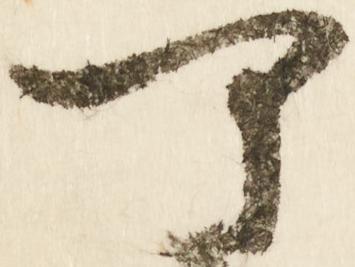
可